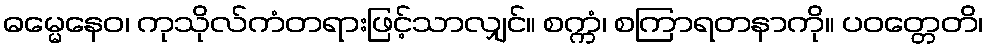
ဓမ္မေနေဝ၊ ကုသိုလ်ကံတရားဖြင့်သာလျှင်။ စက္ကံ၊ စကြာရတနာကို။ ပဝတ္တေတိ၊